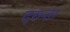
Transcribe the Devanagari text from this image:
दरुन्ता